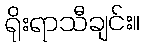
ရိုးရာသီချင်း။